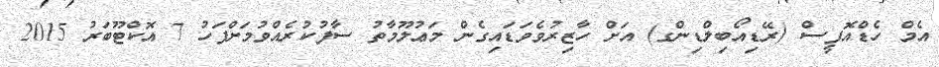
އެމް ހެޑްއޮފީސް (ރޭޑިއޯބިލްޑިންގ) އަށް ހާޒިރުވެވަޑައިގެން މަޢުލޫމާތު ސާފުކުރެއްވުމަށްފަހު 7 އޮކްޓޫބަރު 2015